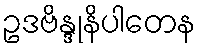
ဥဒဗိန္ဒုနိပါတေန